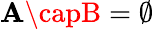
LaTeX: \mathbf{A}\capB=\emptyset